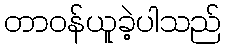
တာဝန်ယူခဲ့ပါသည်